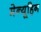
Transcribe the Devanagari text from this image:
मेन्यूहिन